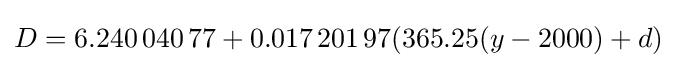
D=6.240\,040\,77+0.017\,201\,97(365.25(y-2000)+d)